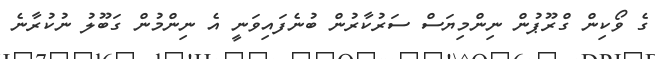
ގެ ވޯކިން ގްރޫޕުން ނިންމިޔަސް ސަރުކާރުން ބުނެފައިވަނީ އެ ނިންމުން ގަބޫލު ނުކުރާނެ